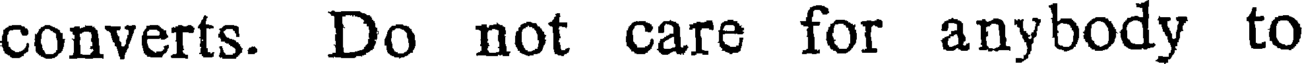
converts. Do not care for anybody to